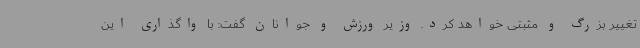
تغییر بزرگ و مثبتی خواهد کرد. وزیر ورزش و جوانان گفت: با واگذاری این